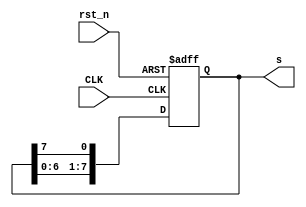
`timescale 1ns / 1ps
module ring_counter(
    input CLK,
    input rst_n,
    output reg [7:0]s
    );
    always@(posedge CLK or negedge rst_n)
    begin
        if(~rst_n)
            s <= 8'b11011101;
        else
        begin
            s[0] <= s[7];
            s[1] <= s[0];
            s[2] <= s[1];
            s[3] <= s[2];
            s[4] <= s[3];
            s[5] <= s[4];
            s[6] <= s[5];
            s[7] <= s[6];
        end
    end
endmodule